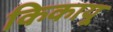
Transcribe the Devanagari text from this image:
किकायू